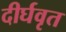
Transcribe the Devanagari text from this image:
दीर्घवृत